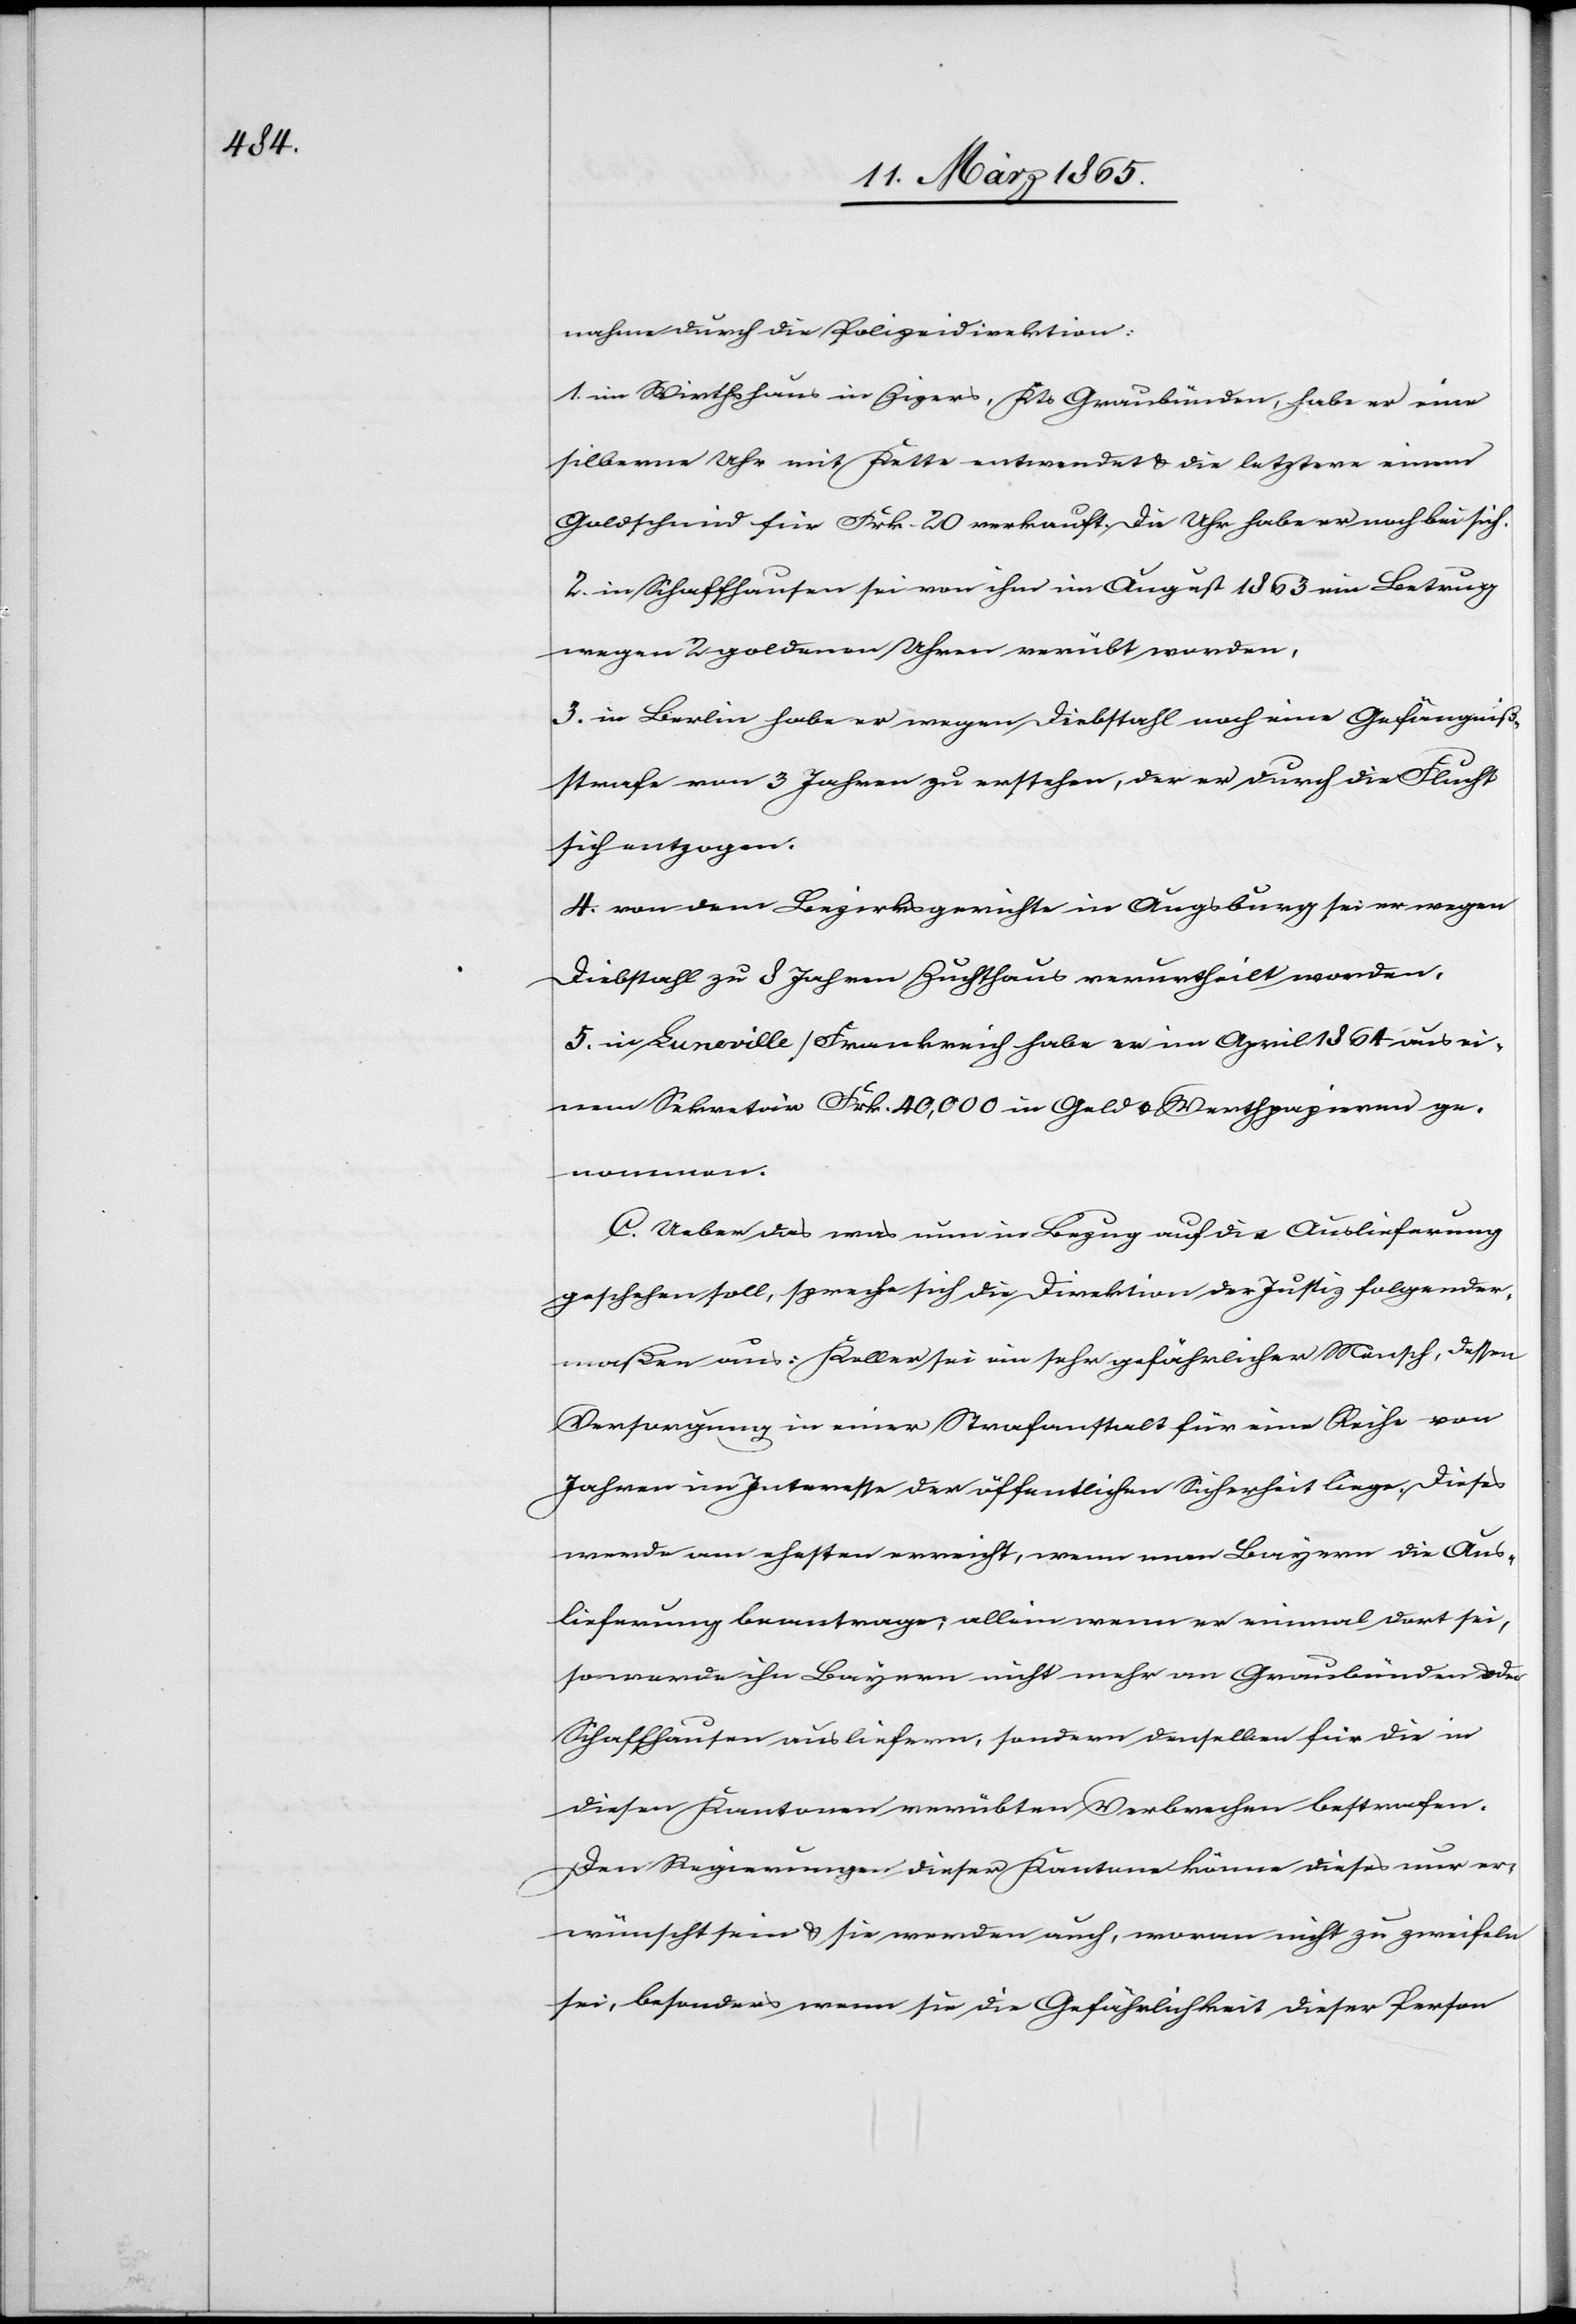
nahme durch die Polizeidirektion:
1. im Wirthshaus in Zizers, Kts Graubünden, habe er eine
silberne Uhr mit Kette entwendet & die letztere einem
Goldschmid für Frk. 20 verkauft. Die Uhr habe er noch bei sich.
2. in Schaffhausen sei von ihm im August 1863 ein Betrug
wegen 2 goldenen Uhren verübt worden,
3. in Berlin habe er wegen Diebstahl noch eine Gefängniß¬
strafe von 3 Jahren zu erstehen, der er durch die Flucht
sich entzogen.
4. von dem Bezirksgerichte in Augsburg sei er wegen
Diebstahl zu 8 Jahren Zuchthaus verurtheilt worden.
5. in Luneville/Frankreich habe er im April 1864 aus ei¬
nem Sekretär Frk. 40,000 in Geld & Werthpapieren ge¬
nommen.
C. Ueber das was nun in Bezug auf die Auslieferung
geschehen soll, spreche sich die Direktion der Justiz folgender¬
maßen aus: Keller sei ein sehr gefährlicher Mensch, dessen
Versorgung in einer Strafanstalt für eine Reihe von
Jahren im Interesse der öffentlichen Sicherheit liege. Dieses
werde am ehesten erreicht, wenn man Bayern die Aus¬
lieferung beantrage; allein wenn er einmal dort sei,
so werde ihn Bayern nicht mehr an Graubünden oder
Schaffhausen ausliefern, sondern denselben für die in
diesen Kantonen verübten Verbrechen bestrafen.
Den Regierungen dieser Kantone könne dieses nur er¬
wünscht sein & sie werden auch, woran nicht zu zweifeln
sei, besonders wenn sie die Gefährlichkeit dieser Person